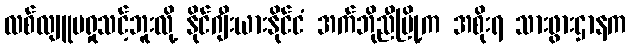
လစ်လျူမရှုသင့်ဘူးလို့ နိုင်ဂျီးယားနိုင်ငံ အက်ဘိုညီမြို့က အစိုးရ သားဖွားဌာနက